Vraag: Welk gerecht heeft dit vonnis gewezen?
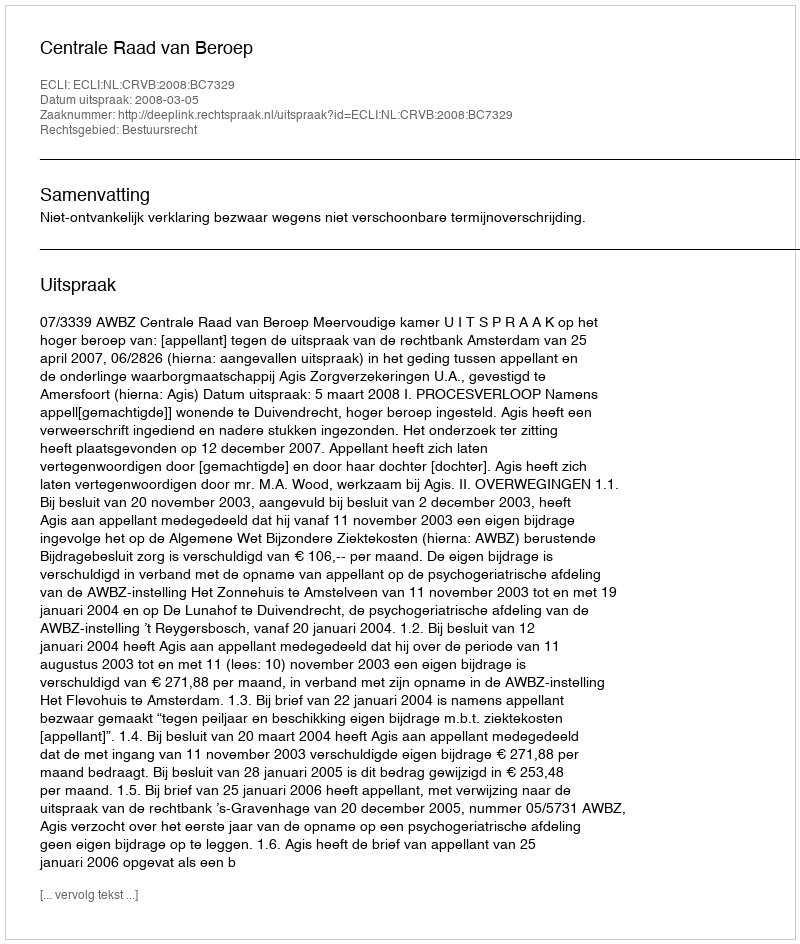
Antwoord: Centrale Raad van Beroep